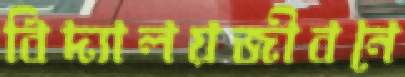
বিদ্যালয়জীবনে